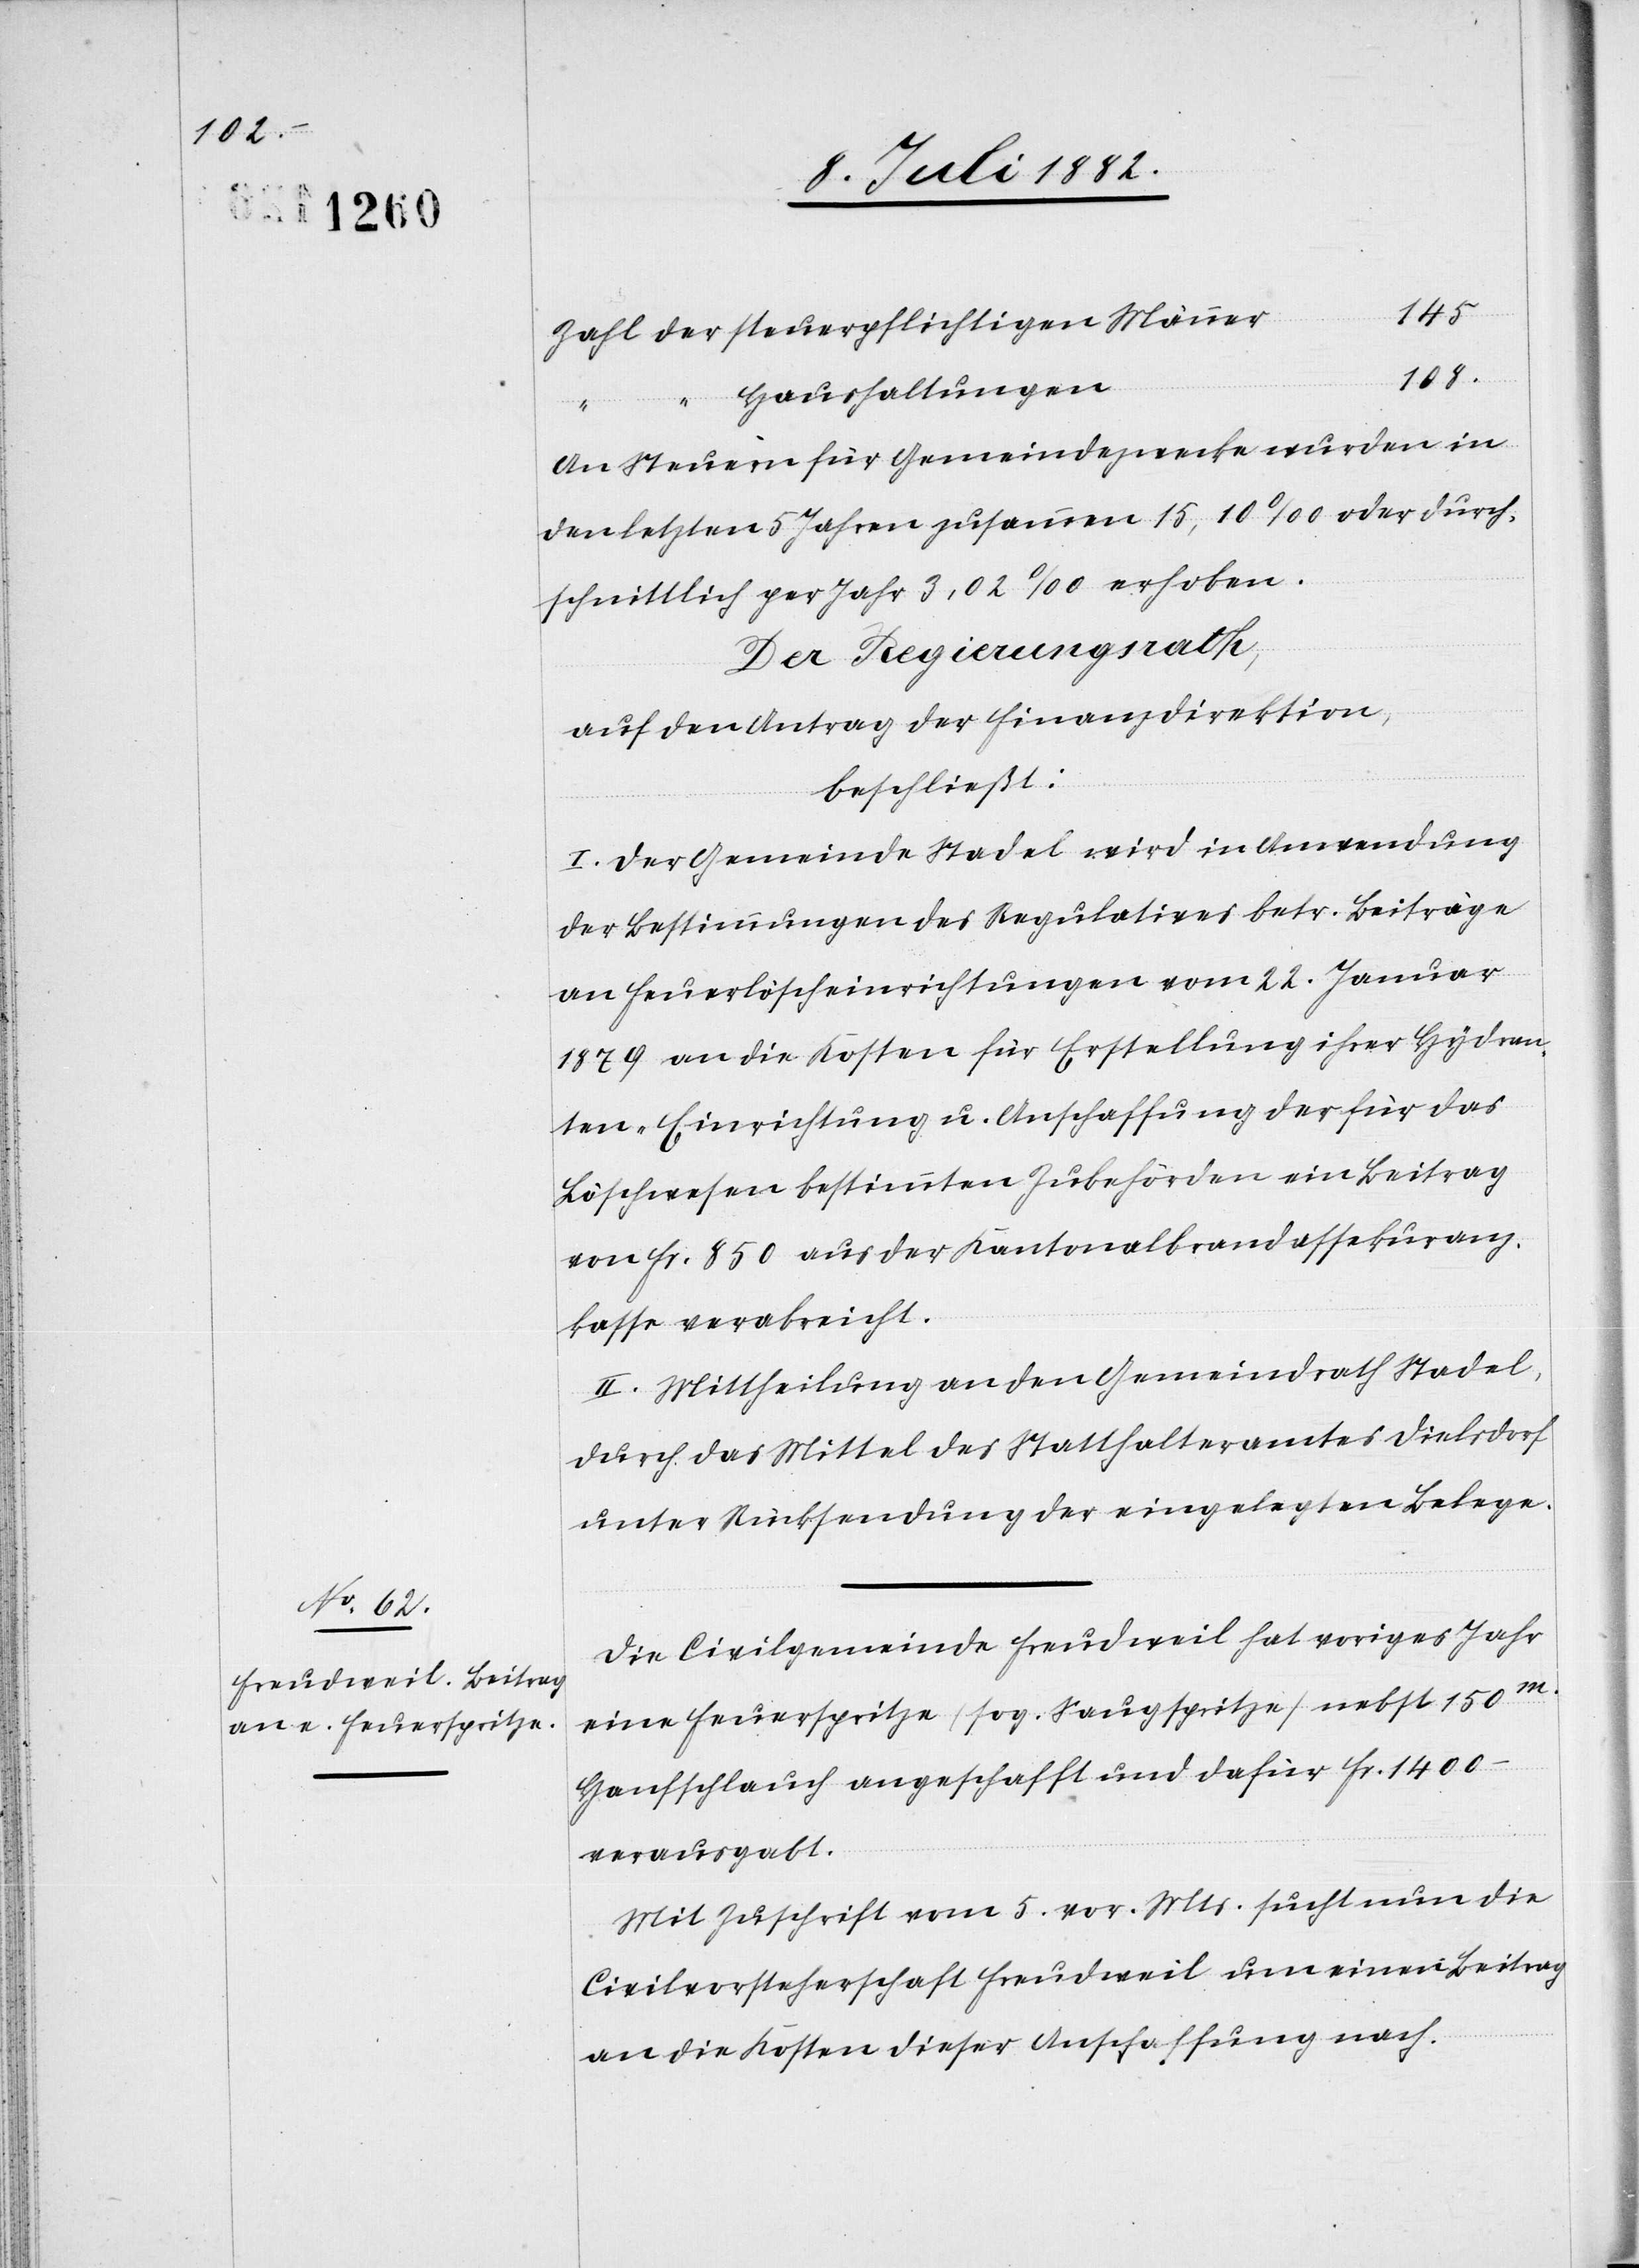
108

145
.
Haushaltungen
An Steuern für Gemeindezwecke wurden in
den letzten 5 Jahren zusammen 16,10‰ oder durch¬
schnittlich per Jahr 3,02‰ erhoben.
Der Regierungsrath,
auf den Antrag der Finanzdirektion,
beschließt:
I. Der Gemeinde Stadel wird in Anwendung
der Bestimmungen des Regulatives betr. Beiträge
an Feuerlöscheinrichtungen vom 22. Januar
1879 an die Kosten für Erstellung ihrer Hydran¬
ten-Einrichtung u. Anschaffung der für das
Löschwesen bestimmten Zubehörden ein Beitrag
von Fr. 850 aus der Kantonalbrandassekuranz¬
kasse verabreicht.
II. Mittheilung an den Gemeindrath Stadel,
durch das Mittel des Statthalteramt Dielsdorf
unter Rücksendung der eingelegten Belege.
Die Civilgemeinde Freudweil hat voriges Jahr
eine Feuerspritze (sog. Saugspritze) nebst 150m
Hanfschlauch angeschafft und dafür Fr. 1400.–
verausgabt.
Mit Zuschrift vom 5. vor. Mts. sucht nun die
Civilvorsteherschaft Freudweil um einen Beitrag
an die Kosten dieser Anschaffung nach.